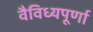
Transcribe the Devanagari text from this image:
वैविध्यपूर्णा